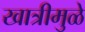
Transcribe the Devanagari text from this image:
खात्रीमुळे